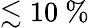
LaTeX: \lesssim 10~\%